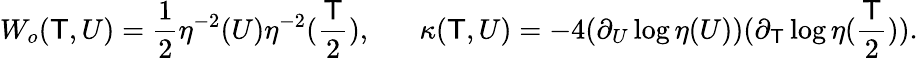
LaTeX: W_{o}(\mathsf{T},U)=\frac{{1}}{{2}}\eta^{-2}(U)\eta^{-2}(\frac{{\mathsf{T}}}{{2}}),\; \; \; \; \; \; \kappa(\mathsf{T},U)=-4(\partial_{U}\log\eta(U))(\partial_{\mathsf{T}}\log\eta(\frac{{\mathsf{T}}}{{2}})).